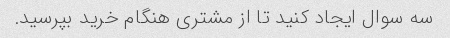
سه سوال ایجاد کنید تا از مشتری هنگام خرید بپرسید.